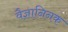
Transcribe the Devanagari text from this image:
वैज्ञानिनक